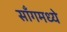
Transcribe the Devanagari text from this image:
साँगमध्ये